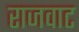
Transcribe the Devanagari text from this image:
राजवाट